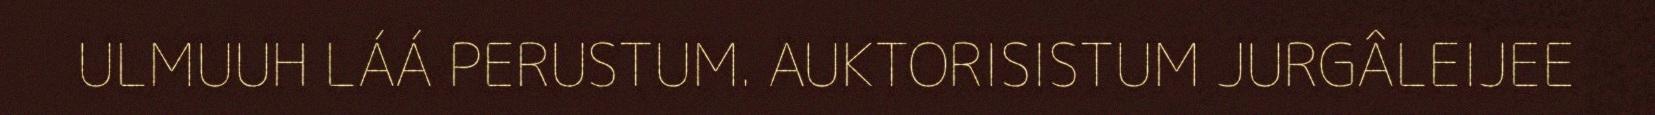
ULMUUH LÁÁ PERUSTUM. AUKTORISISTUM JURGÂLEIJEE